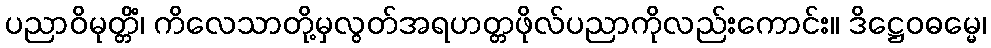
ပညာဝိမုတ္တိံ၊ ကိလေသာတို့မှလွတ်အရဟတ္တဖိုလ်ပညာကိုလည်းကောင်း။ ဒိဋ္ဌေဝဓမ္မေ၊